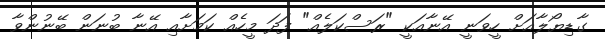
ގާޑިޔޯލާއަށް ހީވަނީ އޭނާއަކީ "ރަސްކަލެއް" ފަދަ މީހެއް ކަމަށާއި އޭނާ ބުނަން ބޭނުންވާ